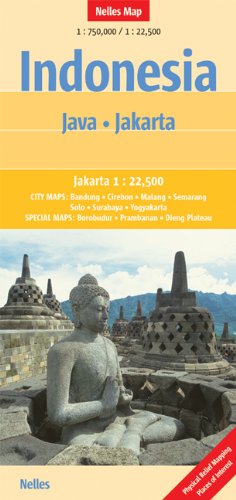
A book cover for Indonesia: Java - Jakarta Nelles Travel Map 1:750K/22.5K 2014 (English, French and German Edition); Nelles Verlag GmbH; Travel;